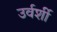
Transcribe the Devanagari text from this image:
उर्वर्शी